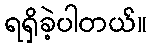
ရရှိခဲ့ပါတယ်။